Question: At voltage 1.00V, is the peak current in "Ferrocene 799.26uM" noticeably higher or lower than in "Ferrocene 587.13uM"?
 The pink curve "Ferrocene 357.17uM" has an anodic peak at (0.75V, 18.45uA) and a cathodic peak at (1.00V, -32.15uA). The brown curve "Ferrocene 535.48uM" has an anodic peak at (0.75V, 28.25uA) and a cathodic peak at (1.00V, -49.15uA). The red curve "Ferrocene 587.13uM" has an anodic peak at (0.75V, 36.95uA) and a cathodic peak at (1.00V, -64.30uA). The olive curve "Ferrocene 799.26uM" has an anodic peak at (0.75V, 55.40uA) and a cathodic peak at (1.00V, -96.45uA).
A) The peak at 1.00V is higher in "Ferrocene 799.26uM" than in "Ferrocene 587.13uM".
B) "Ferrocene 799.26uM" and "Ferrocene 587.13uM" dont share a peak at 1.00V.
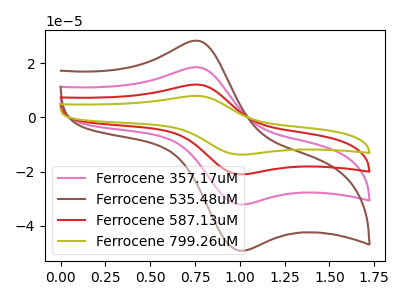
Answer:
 <answer>A) The peak at 1.00V is higher in "Ferrocene 799.26uM" than in "Ferrocene 587.13uM".</answer>
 <eval>A</eval>